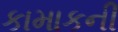
કામાકની